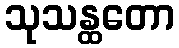
သုသန္ထတော